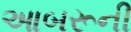
આબરૂની